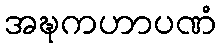
အဍ္ဎကဟာပဏံ